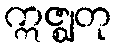
ဣဇ္ဈတု